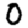
Digit: 0